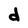
Character: d